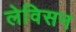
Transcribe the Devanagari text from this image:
लेविसन